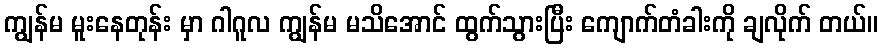
ကျွန်မ မူးနေတုန်း မှာ ဂါဂူလ ကျွန်မ မသိအောင် ထွက်သွားပြီး ကျောက်တံခါးကို ချလိုက် တယ်။